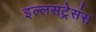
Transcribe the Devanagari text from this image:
इल्लसट्रेसंस